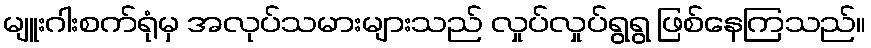
မျူးဂါးစက်ရုံမှ အလုပ်သမားများသည် လှုပ်လှုပ်ရွရွ ဖြစ်နေကြသည်။